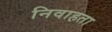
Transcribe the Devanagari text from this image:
निवाहता